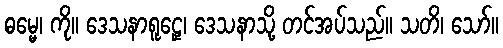
ဓမ္မေ၊ ကို။ ဒေသနာရူဠှေ၊ ဒေသနာသို့ တင်အပ်သည်။ သတိ၊ သော်။